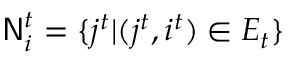
\mathsf { N } _ { i } ^ { t } = \{ j ^ { t } | ( j ^ { t } , i ^ { t } ) \in E _ { t } \}